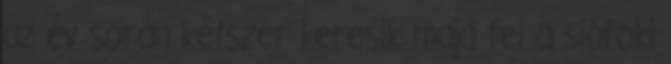
az év során kétszer keresik majd fel a siófoki